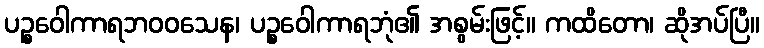
ပဉ္စဝေါကာရဘဝဝသေန၊ ပဉ္စဝေါကာရဘုံ၏ အစွမ်းဖြင့်။ ကထိတော၊ ဆိုအပ်ပြီ။